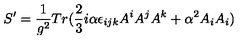
S ^ { \prime } = \frac { 1 } { g ^ { 2 } } T r ( \frac { 2 } { 3 } i \alpha \epsilon _ { i j k } A ^ { i } A ^ { j } A ^ { k } + \alpha ^ { 2 } A _ { i } A _ { i } )